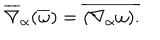
LaTeX: \overline { { { \nabla } } } _ { \alpha } ( \overline { { { \omega } } } ) = \overline { { { ( \nabla _ { \alpha } \omega ) . } } }